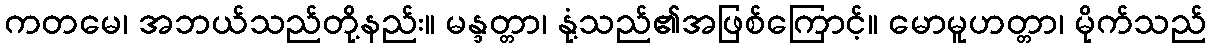
ကတမေ၊ အဘယ်သည်တို့နည်း။ မန္ဒတ္တာ၊ နုံ့သည်၏အဖြစ်ကြောင့်။ မောမူဟတ္တာ၊ မိုက်သည်